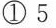
①5